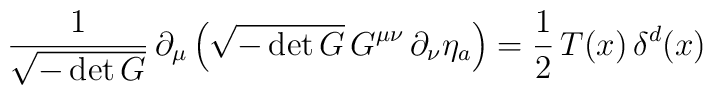
\frac{1}{\sqrt{-\det G}}\,\partial_{\mu}\left( \sqrt{-\det G}\, G^{\mu\nu}\, \partial_{\nu} \eta_a\right) =\frac{1}{2} \,T(x)\,\delta^{d}(x)